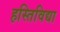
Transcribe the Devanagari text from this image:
हस्तिविद्या